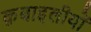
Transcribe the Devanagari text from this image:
क़बाइलीयों